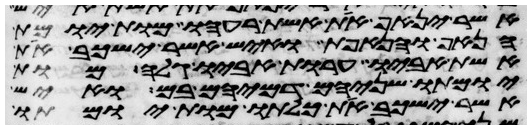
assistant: אשר ינאף את אשת רעהו מות יומת
הנאף והנאפת ואיש אשר ישכב את
אשת אביו ערות אביו גלה מות
יומתו שניהם דמיהם בם ואיש
אשר ישכב את כלתו מות יומתו